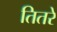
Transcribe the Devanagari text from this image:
तितरे